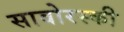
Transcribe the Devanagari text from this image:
सावोरस्की